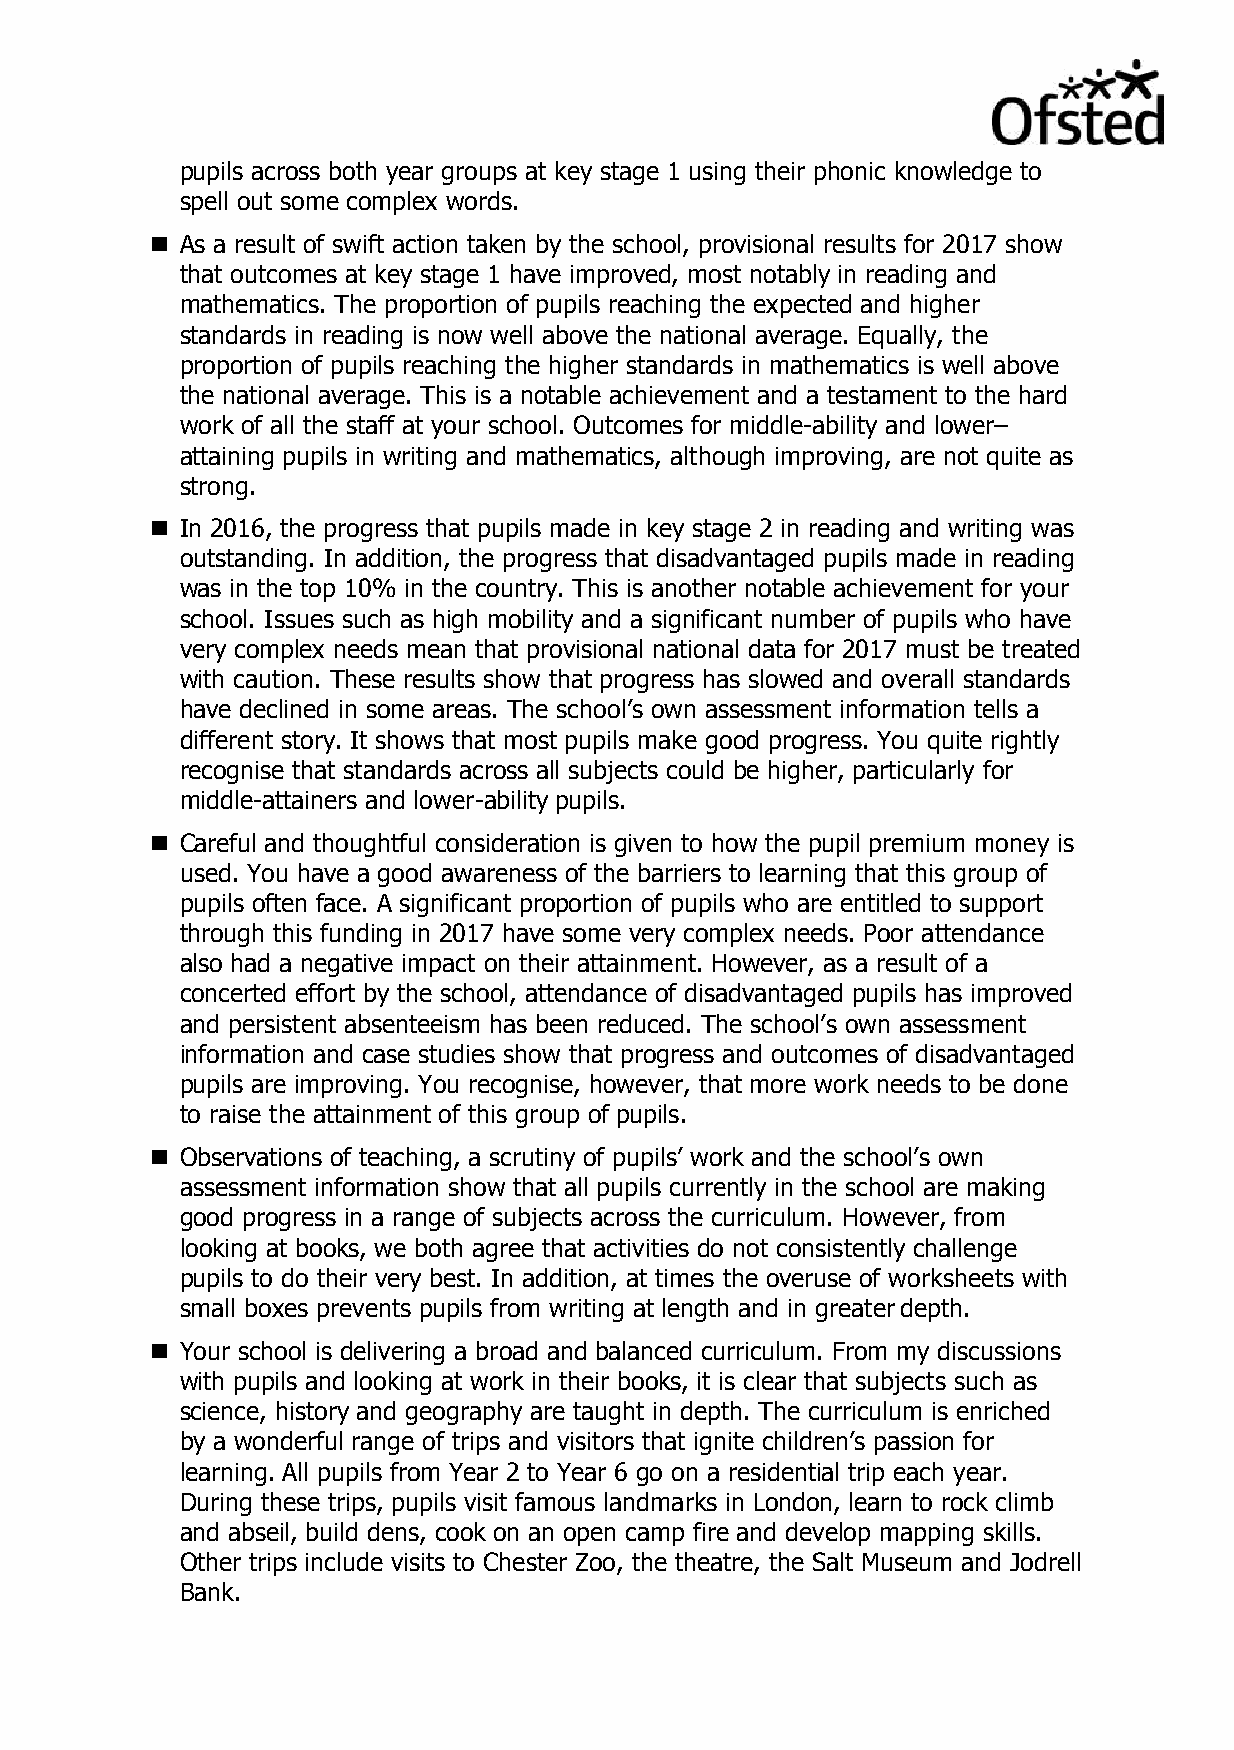
pupils across both year groups at key stage 1 using their phonic knowledge to
 spell out some complex words.
  As a result of swift action taken by the school, provisional results for 2017 show
 that outcomes at key stage 1 have improved, most notably in reading and
 mathematics. The proportion of pupils reaching the expected and higher
 standards in reading is now well above the national average. Equally, the
 proportion of pupils reaching the higher standards in mathematics is well above
 the national average. This is a notable achievement and a testament to the hard
 work of all the staff at your school. Outcomes for middle-ability and lower–
 attaining pupils in writing and mathematics, although improving, are not quite as
 strong.
  In 2016, the progress that pupils made in key stage 2 in reading and writing was
 outstanding. In addition, the progress that disadvantaged pupils made in reading
 was in the top 10% in the country. This is another notable achievement for your
 school. Issues such as high mobility and a significant number of pupils who have
 very complex needs mean that provisional national data for 2017 must be treated
 with caution. These results show that progress has slowed and overall standards
 have declined in some areas. The school’s own assessment information tells a
 different story. It shows that most pupils make good progress. You quite rightly
 recognise that standards across all subjects could be higher, particularly for
 middle-attainers and lower-ability pupils.
  Careful and thoughtful consideration is given to how the pupil premium money is
 used. You have a good awareness of the barriers to learning that this group of
 pupils often face. A significant proportion of pupils who are entitled to support
 through this funding in 2017 have some very complex needs. Poor attendance
 also had a negative impact on their attainment. However, as a result of a
 concerted effort by the school, attendance of disadvantaged pupils has improved
 and persistent absenteeism has been reduced. The school’s own assessment
 information and case studies show that progress and outcomes of disadvantaged
 pupils are improving. You recognise, however, that more work needs to be done
 to raise the attainment of this group of pupils.
  Observations of teaching, a scrutiny of pupils’ work and the school’s own
 assessment information show that all pupils currently in the school are making
 good progress in a range of subjects across the curriculum. However, from
 looking at books, we both agree that activities do not consistently challenge
 pupils to do their very best. In addition, at times the overuse of worksheets with
 small boxes prevents pupils from writing at length and in greater depth.
  Your school is delivering a broad and balanced curriculum. From my discussions
 with pupils and looking at work in their books, it is clear that subjects such as
 science, history and geography are taught in depth. The curriculum is enriched
 by a wonderful range of trips and visitors that ignite children’s passion for
 learning. All pupils from Year 2 to Year 6 go on a residential trip each year.
 During these trips, pupils visit famous landmarks in London, learn to rock climb
 and abseil, build dens, cook on an open camp fire and develop mapping skills.
 Other trips include visits to Chester Zoo, the theatre, the Salt Museum and Jodrell
 Bank.